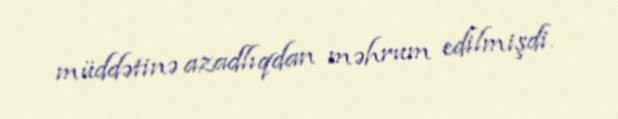
müddətinə azadlıqdan məhrum edilmişdi.